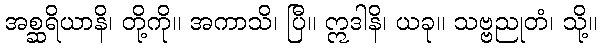
အစ္ဆရိယာနိ၊ တို့ကို။ အကာသိ၊ ပြီ။ ဣဒါနိ၊ ယခု။ သဗ္ဗညုတံ၊ သို့။